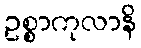
ဥစ္စာကုလာနိ